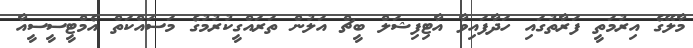
މާލޭގެ އިރުމަތީ ފަރާތުގައި ހަދާފައިވާ އާޓިފިޝަލް ބީޗް އަލުން ތަރައްގީކުރުމުގެ މަސައްކަތް އެމްޓީސީސީއާ